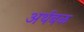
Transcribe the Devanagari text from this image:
अर्थबळ